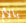
بالألم